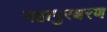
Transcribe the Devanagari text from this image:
महापुरश्चरण